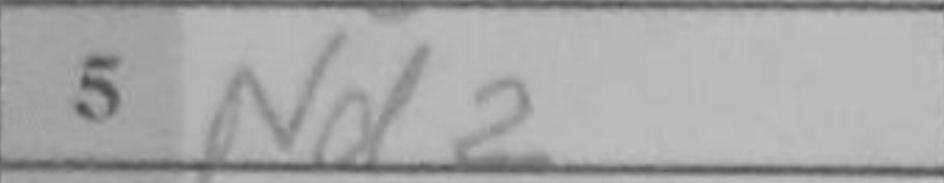
Transcription: Nd2